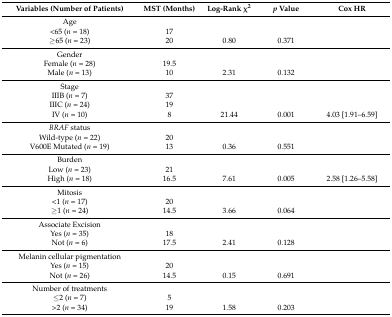
<table><thead><tr><td><b>Variables (Number of Patients)</b></td><td><b>MST (Months)</b></td><td><b>Log-Rank χ<sup>2</sup></b></td><td><b><i>p</i> Value</b></td><td><b>Cox HR</b></td></tr></thead><tbody><tr><td>Age</td><td></td><td></td><td></td><td></td></tr><tr><td>&lt;65 (<i>n</i> = 18)</td><td>17</td><td></td><td></td><td></td></tr><tr><td>≥65 (<i>n</i> = 23)</td><td>20</td><td>0.80</td><td>0.371</td><td></td></tr><tr><td>Gender</td><td></td><td></td><td></td><td></td></tr><tr><td>Female (<i>n</i> = 28)</td><td>19.5</td><td></td><td></td><td></td></tr><tr><td>Male (<i>n</i> = 13)</td><td>10</td><td>2.31</td><td>0.132</td><td></td></tr><tr><td>Stage</td><td></td><td></td><td></td><td></td></tr><tr><td>IIIB (<i>n</i> = 7)</td><td>37</td><td></td><td></td><td></td></tr><tr><td>IIIC (<i>n</i> = 24)</td><td>19</td><td></td><td></td><td></td></tr><tr><td>IV (<i>n</i> = 10)</td><td>8</td><td>21.44</td><td>0.001</td><td>4.03 [1.91–6.59]</td></tr><tr><td><i>BRAF</i> status</td><td></td><td></td><td></td><td></td></tr><tr><td>Wild-type (<i>n</i> = 22)</td><td>20</td><td></td><td></td><td></td></tr><tr><td>V600E Mutated (<i>n</i> = 19)</td><td>13</td><td>0.36</td><td>0.551</td><td></td></tr><tr><td>Burden</td><td></td><td></td><td></td><td></td></tr><tr><td>Low (<i>n</i> = 23)</td><td>21</td><td></td><td></td><td></td></tr><tr><td>High (<i>n</i> = 18)</td><td>16.5</td><td>7.61</td><td>0.005</td><td>2.58 [1.26–5.58]</td></tr><tr><td>Mitosis</td><td></td><td></td><td></td><td></td></tr><tr><td>&lt;1 (<i>n</i> = 17)</td><td>20</td><td></td><td></td><td></td></tr><tr><td>≥1 (<i>n</i> = 24)</td><td>14.5</td><td>3.66</td><td>0.064</td><td></td></tr><tr><td>Associate Excision</td><td></td><td></td><td></td><td></td></tr><tr><td>Yes (<i>n</i> = 35)</td><td>18</td><td></td><td></td><td></td></tr><tr><td>Not (<i>n</i> = 6)</td><td>17.5</td><td>2.41</td><td>0.128</td><td></td></tr><tr><td>Melanin cellular pigmentation</td><td></td><td></td><td></td><td></td></tr><tr><td>Yes (<i>n</i> = 15)</td><td>20</td><td></td><td></td><td></td></tr><tr><td>Not (<i>n</i> = 26)</td><td>14.5</td><td>0.15</td><td>0.691</td><td></td></tr><tr><td>Number of treatments</td><td></td><td></td><td></td><td></td></tr><tr><td>≤2 (<i>n</i> = 7)</td><td>5</td><td></td><td></td><td></td></tr><tr><td>&gt;2 (<i>n</i> = 34)</td><td>19</td><td>1.58</td><td>0.203</td><td></td></tr></tbody></table>